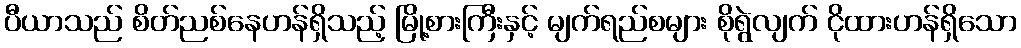
ပီယာသည် စိတ်ညစ်နေဟန်ရှိသည့် မြို့စားကြီးနှင့် မျက်ရည်စများ စိုရွဲလျက် ငိုထားဟန်ရှိသော